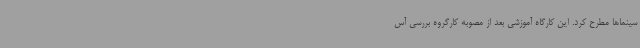
سینماها مطرح کرد. این کارگاه آموزشی بعد از مصوبه کارگروه بررسی آس